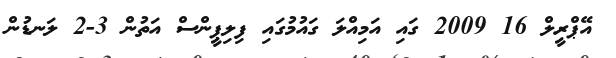
އޭޕްރީލް 16 2009 ގައި އަމިއްލަ ގައުމުގައި ފިލިޕީންސް އަތުން 3-2 ލަނޑުން